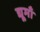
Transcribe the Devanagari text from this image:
द्यूमाँ